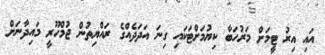
އައި އިރު ޓީމަށް މަރުހަބާ ކިޔުމަށްޓަކައި ގިނަ އަދަދެއްގެ ރައްޔިތުން ޖުމްހޫރީ މައިދާނަށް